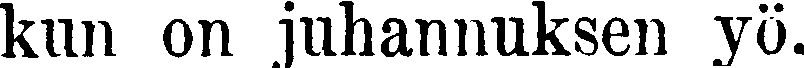
kun on juhannuksen yö.